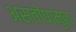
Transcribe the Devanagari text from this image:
असंतोषामुळ